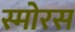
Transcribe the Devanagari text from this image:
स्मोरस